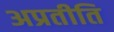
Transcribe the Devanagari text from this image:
अप्रतीति